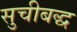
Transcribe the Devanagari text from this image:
सुचीबद्ध